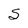
Character: S